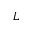
\boldsymbol { L }